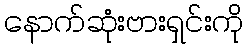
နောက်ဆုံးဗားရှင်းကို